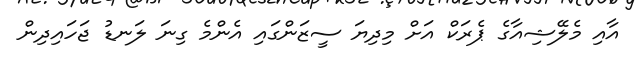
އާއި މެލޭޝިއާގެ ޕެރަކް އަށް މިދިޔަ ސީޒަންގައި އެންމެ ގިނަ ލަނޑު ޖަހައިދިން